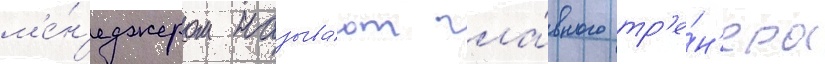
м'е́н'еджером называ́ют гла́вного тр'е́н'ера